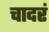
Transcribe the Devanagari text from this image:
चादरं